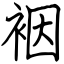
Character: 裀